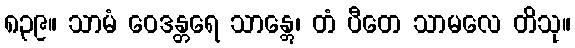
၈၃၉။ သာမံ ဝေဒန္တရေ သာန္တွေ၊ တံ ပီတေ သာမလေ တိသု။